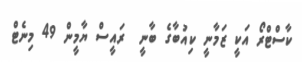
ކާސްޓްރޯ އަކީ ޒަމާނީ ކިއުބާގެ ބާނީ  ރައީސް ޔާމީން 49 މިނެޓް